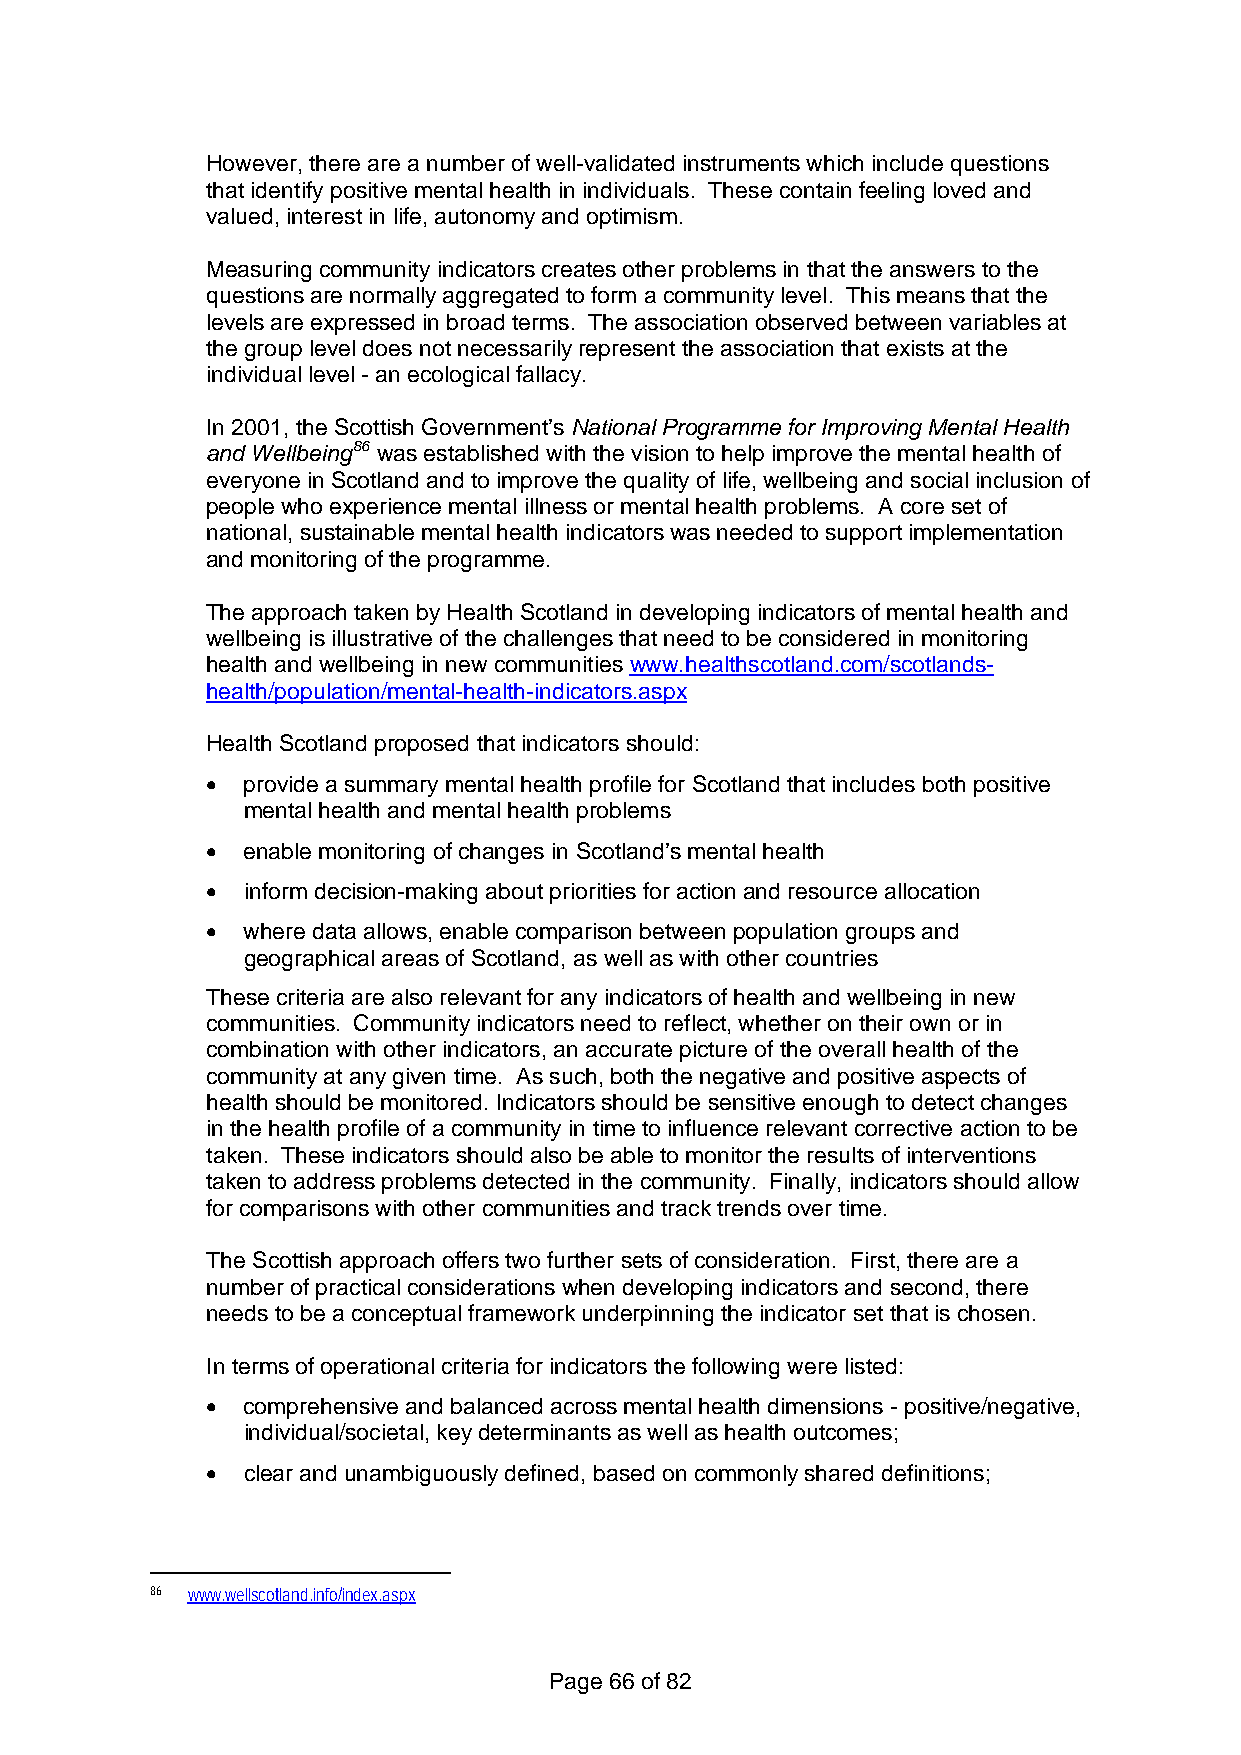
However, there are a number of well-validated instruments which include questions
 that identify positive mental health in individuals. These contain feeling loved and
 valued, interest in life, autonomy and optimism.
 Measuring community indicators creates other problems in that the answers to the
 questions are normally aggregated to form a community level. This means that the
 levels are expressed in broad terms. The association observed between variables at
 the group level does not necessarily represent the association that exists at the
 individual level - an ecological fallacy.
 In 2001, the Scottish Government’s National Programme for Improving Mental Health
 and Wellbeing86 was established with the vision to help improve the mental health of
 everyone in Scotland and to improve the quality of life, wellbeing and social inclusion of
 people who experience mental illness or mental health problems. A core set of
 national, sustainable mental health indicators was needed to support implementation
 and monitoring of the programme.
 The approach taken by Health Scotland in developing indicators of mental health and
 wellbeing is illustrative of the challenges that need to be considered in monitoring
 health and wellbeing in new communities www.healthscotland.com/scotlands-
 health/population/mental-health-indicators.aspx
 Health Scotland proposed that indicators should:
 • provide a summary mental health profile for Scotland that includes both positive
 mental health and mental health problems
 • enable monitoring of changes in Scotland’s mental health
 • inform decision-making about priorities for action and resource allocation
 • where data allows, enable comparison between population groups and
 geographical areas of Scotland, as well as with other countries
 These criteria are also relevant for any indicators of health and wellbeing in new
 communities. Community indicators need to reflect, whether on their own or in
 combination with other indicators, an accurate picture of the overall health of the
 community at any given time. As such, both the negative and positive aspects of
 health should be monitored. Indicators should be sensitive enough to detect changes
 in the health profile of a community in time to influence relevant corrective action to be
 taken. These indicators should also be able to monitor the results of interventions
 taken to address problems detected in the community. Finally, indicators should allow
 for comparisons with other communities and track trends over time.
 The Scottish approach offers two further sets of consideration. First, there are a
 number of practical considerations when developing indicators and second, there
 needs to be a conceptual framework underpinning the indicator set that is chosen.
 In terms of operational criteria for indicators the following were listed:
 • comprehensive and balanced across mental health dimensions - positive/negative,
 individual/societal, key determinants as well as health outcomes;
 • clear and unambiguously defined, based on commonly shared definitions;
 86 www.wellscotland.info/index.aspx
 Page 66 of 82